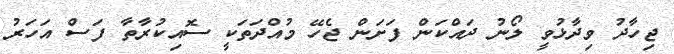
ޖިހާދު ވިދާޅުވީ ލޯނު ދައްކަން ފަށަން ޖެހޭ މުއްދަތަކީ ސޮއިކުރާތާ ފަސް އަހަރު